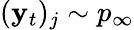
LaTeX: (\mathbf{y}_{t})_{j}\sim p_{\infty}